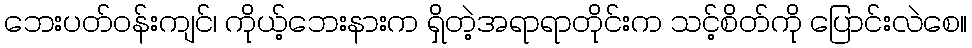
ဘေးပတ်ဝန်းကျင်၊ ကိုယ့်ဘေးနားက ရှိတဲ့အရာရာတိုင်းက သင့်စိတ်ကို ပြောင်းလဲစေ။